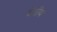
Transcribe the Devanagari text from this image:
वेगीय